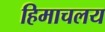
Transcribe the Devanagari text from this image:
हिमाचलय